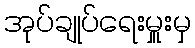
အုပ်ချုပ်ရေးမှူးမှ